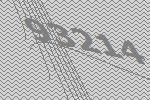
93214